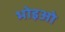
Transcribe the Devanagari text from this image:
भोइओ